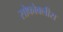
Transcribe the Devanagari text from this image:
सोफोक्लीस